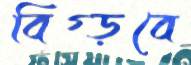
বিগ্‌ড়বে